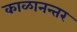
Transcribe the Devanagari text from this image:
काळानन्तर